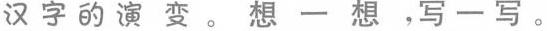
汉字的演变。想一想，写一写。